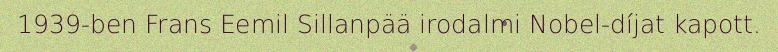
1939-ben Frans Eemil Sillanpää irodalmi Nobel-díjat kapott.